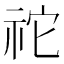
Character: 𥙇